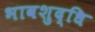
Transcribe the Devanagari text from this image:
भावशुद्धि